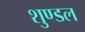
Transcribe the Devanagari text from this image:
शुण्डल